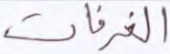
الغرفات